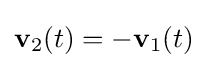
\mathbf {v} _{2}(t)=-\mathbf {v} _{1}(t)